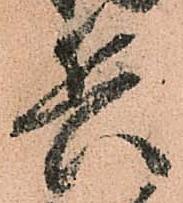
兵